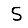
Digit: 5